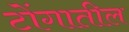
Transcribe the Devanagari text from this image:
टोंगातील